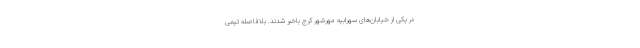
در یکی از خیابان‌های سهرابیه مهرشهر کرج باخبر شدند. بلافاصله تیمی